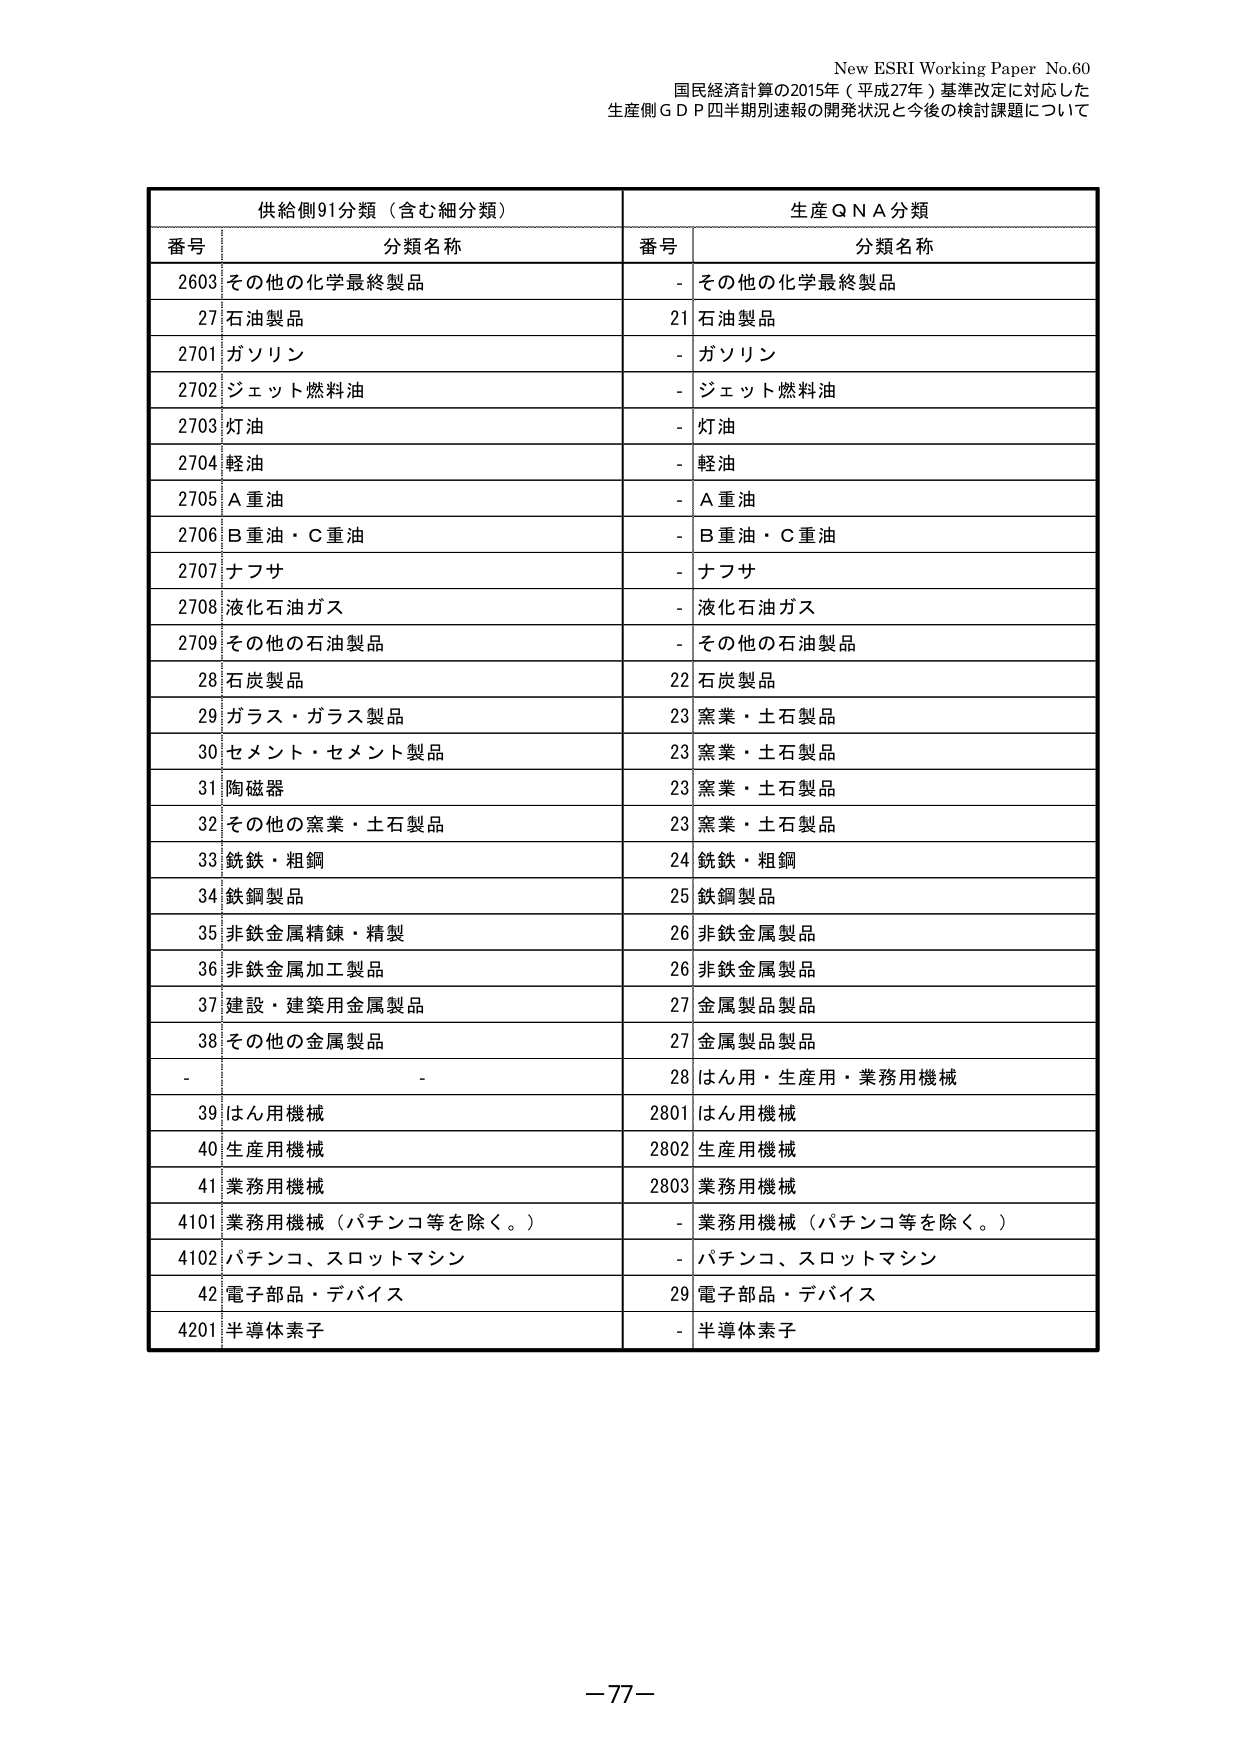
New ESRI Working Paper No.60
国民経済計算の2015年（平成27年）基準改定に対応した
生産側ＧＤＰ四半期別速報の開発状況と今後の検討課題について

供給側91分類（含む細分類）　　　　　　　　　　　生産QNA分類
番号　　　分類名称　　　　　　　　　　　　　　　番号　　　分類名称
2603　その他の化学最終製品　　　　　　　　　　-　その他の化学最終製品
27　石油製品　　　　　　　　　　　　　　　　　21　石油製品
2701　ガソリン　　　　　　　　　　　　　　　　-　ガソリン
2702　ジェット燃料油　　　　　　　　　　　　　-　ジェット燃料油
2703　灯油　　　　　　　　　　　　　　　　　　-　灯油
2704　軽油　　　　　　　　　　　　　　　　　　-　軽油
2705　Ａ重油　　　　　　　　　　　　　　　　　-　Ａ重油
2706　Ｂ重油・Ｃ重油　　　　　　　　　　　　　-　Ｂ重油・Ｃ重油
2707　ナフサ　　　　　　　　　　　　　　　　　-　ナフサ
2708　液化石油ガス　　　　　　　　　　　　　　-　液化石油ガス
2709　その他の石油製品　　　　　　　　　　　　-　その他の石油製品
28　石炭製品　　　　　　　　　　　　　　　　　22　石炭製品
29　ガラス・ガラス製品　　　　　　　　　　　　23　窯業・土石製品
30　セメント・セメント製品　　　　　　　　　　23　窯業・土石製品
31　陶磁器　　　　　　　　　　　　　　　　　　23　窯業・土石製品
32　その他の窯業・土石製品　　　　　　　　　　23　窯業・土石製品
33　鉄鉄・粗鋼　　　　　　　　　　　　　　　　24　鉄鉄・粗鋼
34　鉄鋼製品　　　　　　　　　　　　　　　　　25　鉄鋼製品
35　非鉄金属精錬・精製　　　　　　　　　　　　26　非鉄金属製品
36　非鉄金属加工製品　　　　　　　　　　　　　26　非鉄金属製品
37　建設・建築用金属製品　　　　　　　　　　　27　金属製品製品
38　その他の金属製品　　　　　　　　　　　　　27　金属製品製品
-　　　-　　　　　　　　　　　　　　　　　　　28　はん用・生産用・業務用機械
39　はん用機械　　　　　　　　　　　　　　　　2801　はん用機械
40　生産用機械　　　　　　　　　　　　　　　　2802　生産用機械
41　業務用機械　　　　　　　　　　　　　　　　2803　業務用機械
4101　業務用機械（パチンコ等を除く。）　　　　-　業務用機械（パチンコ等を除く。）
4102　パチンコ、スロットマシン　　　　　　　　-　パチンコ、スロットマシン
42　電子部品・デバイス　　　　　　　　　　　　29　電子部品・デバイス
4201　半導体素子　　　　　　　　　　　　　　　-　半導体素子

－77－